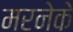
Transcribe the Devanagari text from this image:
मरनेके